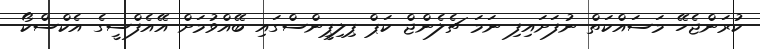
ކުރަންޖެހޭ މަސައްކަތް ނުފަށައިފި ނަމަ ޗެލެންޖް ކަޕް ޕިލިޕީންސްގައި ބޭއްވުމަށް އޭއެފްސީގެ އެކްސްކޯ